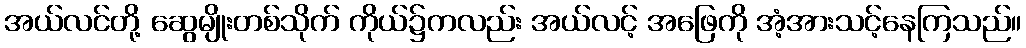
အယ်လင်တို့ ဆွေမျိုးတစ်သိုက် ကိုယ်၌ကလည်း အယ်လင့် အဖြေကို အံ့အားသင့်နေကြသည်။